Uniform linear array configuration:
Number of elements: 8
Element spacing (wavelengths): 1
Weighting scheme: cosine
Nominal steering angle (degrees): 30
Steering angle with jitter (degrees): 30.586
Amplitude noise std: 0.05
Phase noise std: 0.05

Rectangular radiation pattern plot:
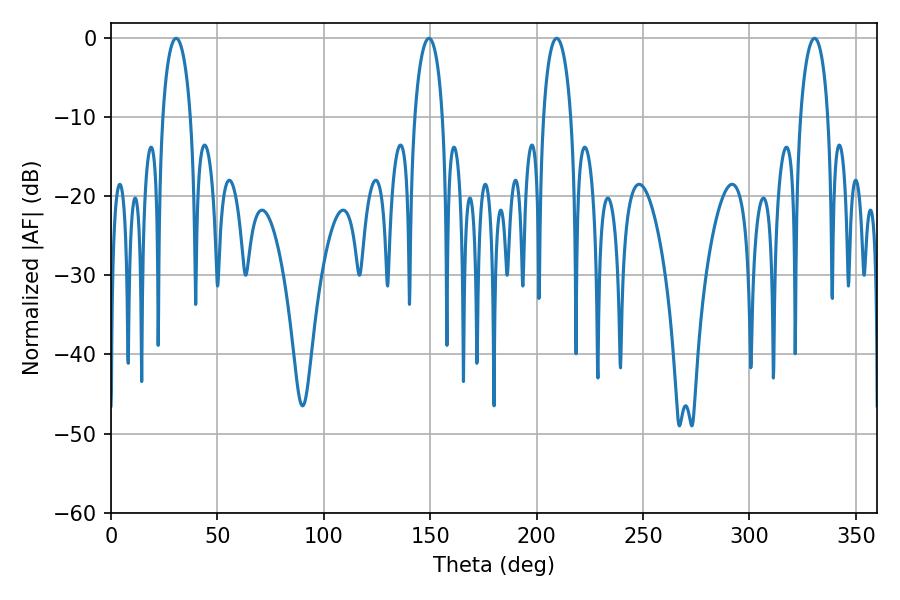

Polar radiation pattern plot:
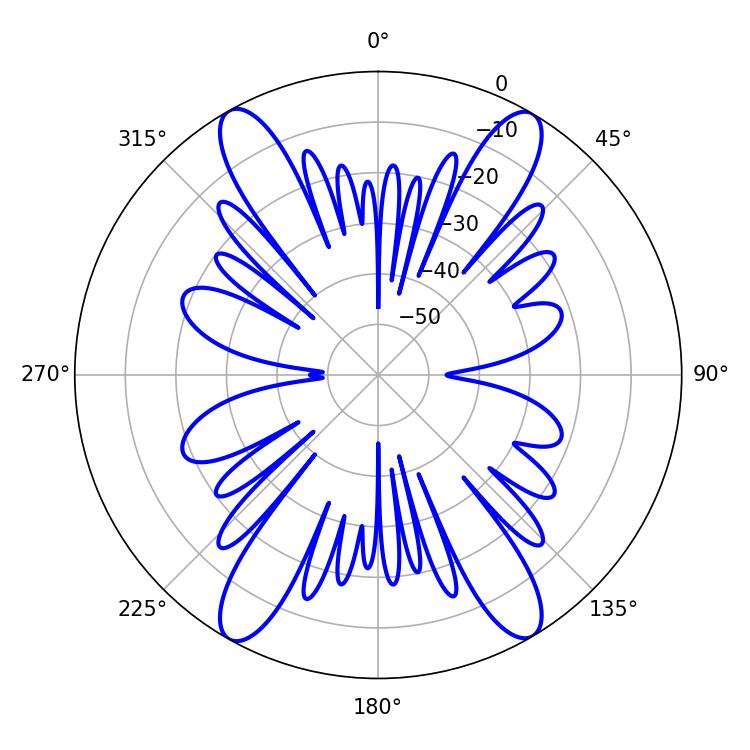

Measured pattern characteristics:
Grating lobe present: TRUE
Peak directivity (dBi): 25.223
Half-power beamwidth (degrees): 7.56
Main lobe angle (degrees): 30.6